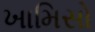
ખામિસો